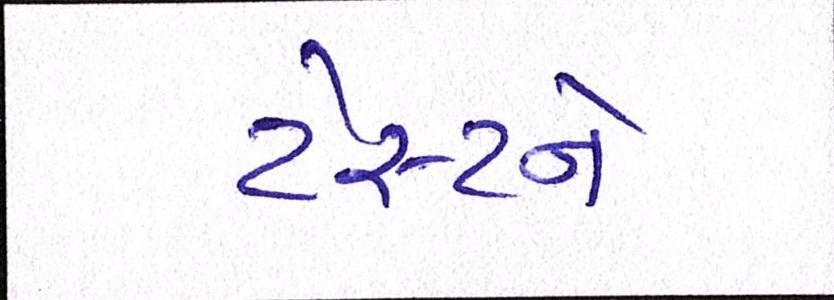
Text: ટેસ્ટને